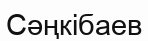
Сәңкібаев